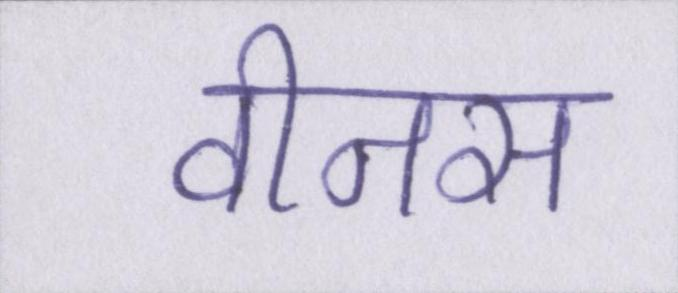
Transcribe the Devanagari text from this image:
वीनस